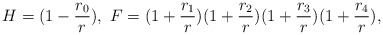
\begin{align*}H = (1 - \frac{r_{0}}{r}), \ F = (1 + \frac{r_{1}}{r})(1 + \frac{r_{2}}{r})(1 +\frac{r_{3}}{r})(1 + \frac{r_{4}}{r}),\end{align*}